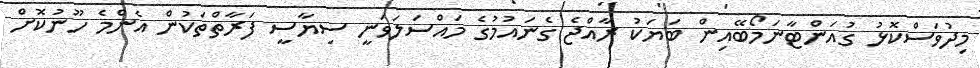
މިދުވަސްކޮޅު ގުއަންޓާނަމޯބޭއިން ބަޔަކު ރާއްޖެ ގެނައުމުގެ މައްސަލަވަނީ ސިޔާސީ ފަރާތްތަކުން އެންމެ ހޫނުކޮށް